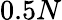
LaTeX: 0.5N